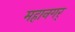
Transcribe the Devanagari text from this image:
महानगर्